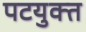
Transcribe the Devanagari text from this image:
पटयुक्त